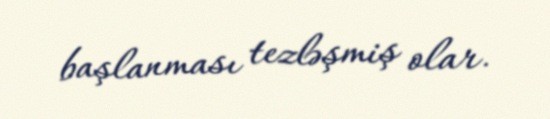
başlanması tezləşmiş olar.